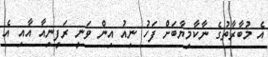
އެ މުބާރާތުގެ ނާކާމިޔާބަށް ފަހު ނިއު އިން ވަނީ ރަފީނިއާ އާއި އެ